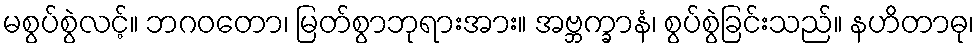
မစွပ်စွဲလင့်။ ဘဂဝတော၊ မြတ်စွာဘုရားအား။ အဗ္ဘက္ခာနံ၊ စွပ်စွဲခြင်းသည်။ နဟိတာဓု၊